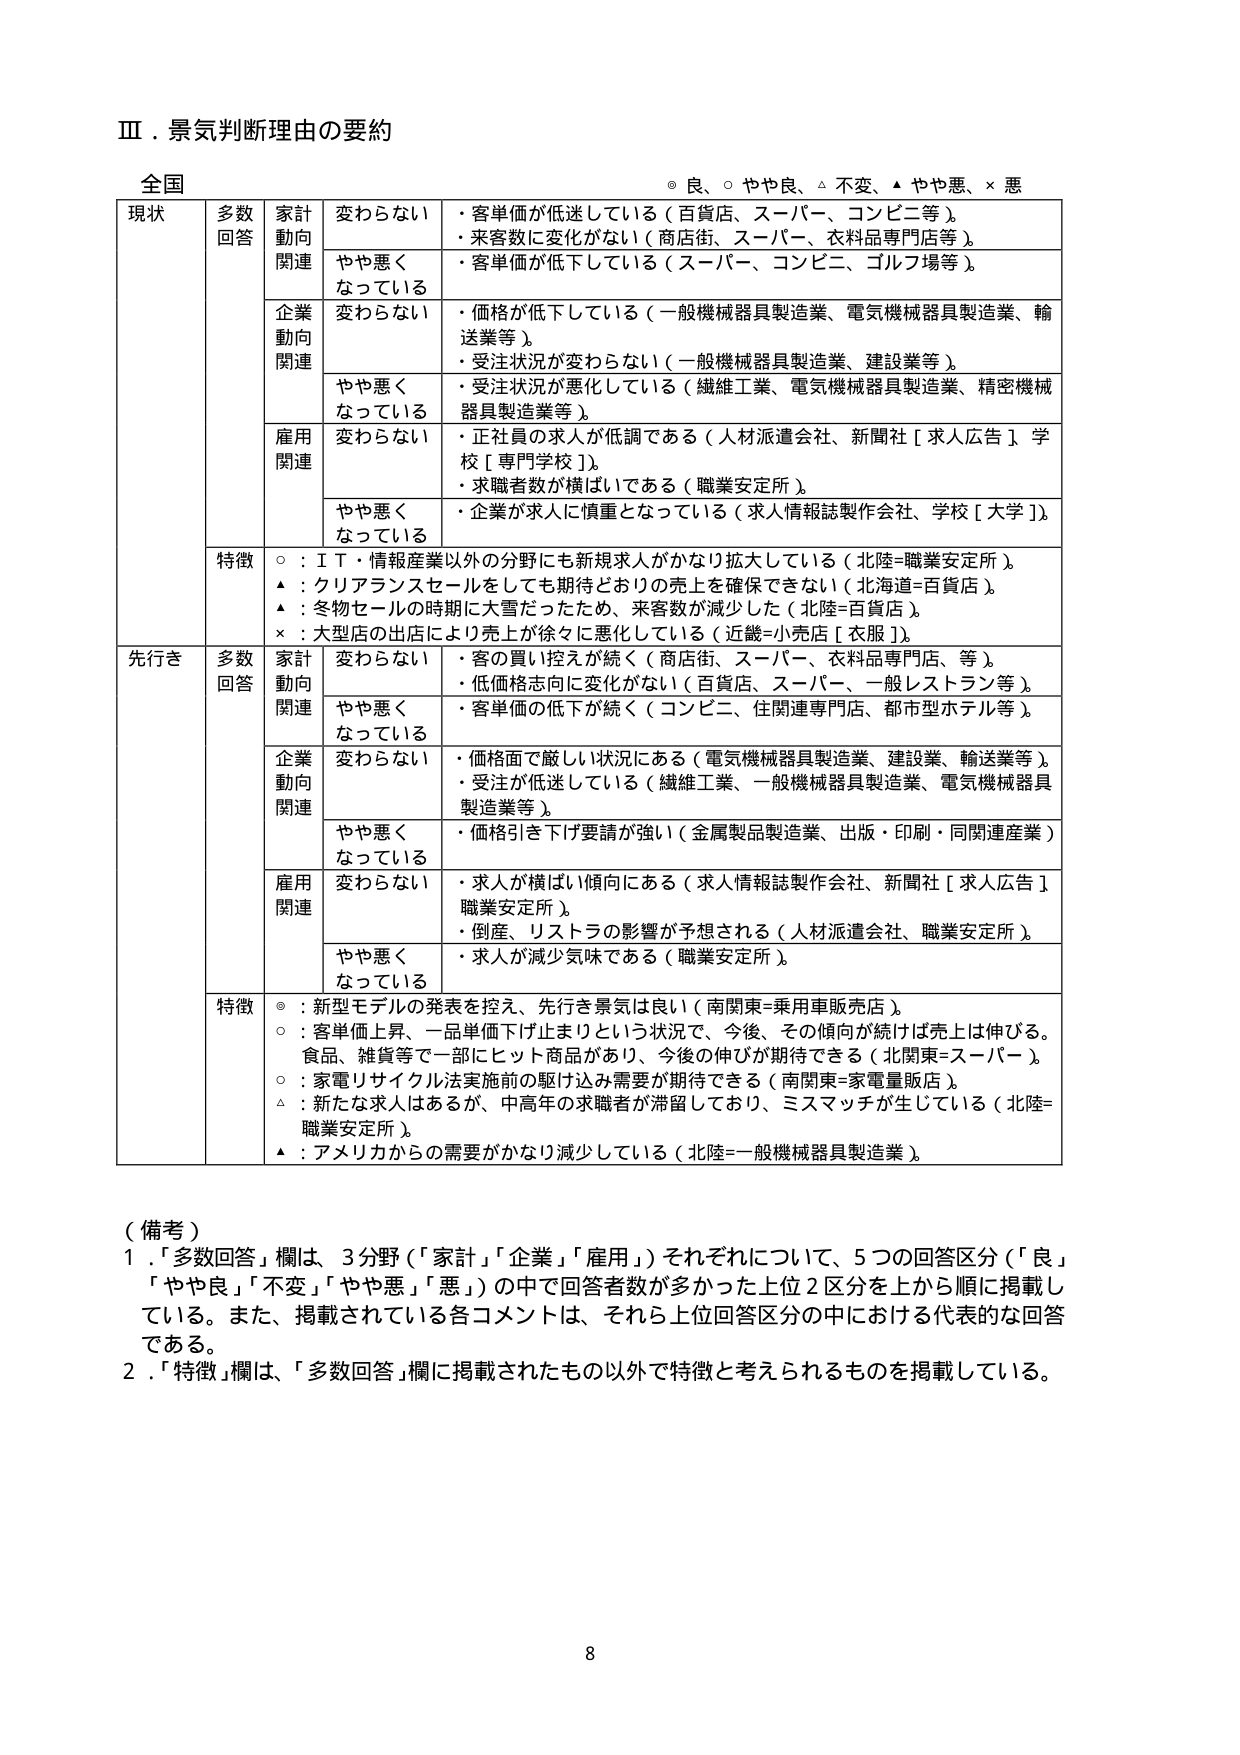
Ⅲ．景気判断理由の要約

全国
◎ 良、○ やや良、△ 不変、▲ やや悪、× 悪

現状　多数回答　家計動向関連　変わらない　・客単価が低迷している（百貨店、スーパー、コンビニ等）。
　　　　　　　　　　　　　　　　　・来客数に変化がない（商店街、スーパー、衣料品専門店等）。
　　　　　　　　　　　　　　　　　やや悪くなっている　・客単価が低下している（スーパー、コンビニ、ゴルフ場等）。

　　　　　　　　　　　　　　　　　企業動向関連　変わらない　・価格が低下している（一般機械器具製造業、電気機械器具製造業、輸送業等）。
　　　　　　　　　　　　　　　　　　　　　　　　・受注状況が変わらない（一般機械器具製造業、建設業等）。
　　　　　　　　　　　　　　　　　やや悪くなっている　・受注状況が悪化している（繊維工業、電気機械器具製造業、精密機械器具製造業等）。

　　　　　　　　　　　　　　　　　雇用関連　変わらない　・正社員の求人が低調である（人材派遣会社、新聞社［求人広告］学校［専門学校］）。
　　　　　　　　　　　　　　　　　　　　　　・求職者数が横ばいである（職業安定所）。
　　　　　　　　　　　　　　　　　やや悪くなっている　・企業が求人に慎重となっている（求人情報誌製作会社、学校［大学］）。

　　　　　　　　　　　　　　　　　特徴　○：ＩＴ・情報産業以外の分野にも新規求人がかなり拡大している（北陸＝職業安定所）。
　　　　　　　　　　　　　　　　　　　　▲：クリアランスセールをしても期待どおりの売上を確保できない（北陸＝百貨店）。
　　　　　　　　　　　　　　　　　　　　▲：冬物セールの時期に大雪だったため、来客数が減少した（北陸＝百貨店）。
　　　　　　　　　　　　　　　　　　　　×：大型店の出店により売上が徐々に悪化している（近畿＝小売店［衣服］）。

先行き　多数回答　家計動向関連　変わらない　・客の買い控えが続く（商店街、スーパー、衣料品専門店、等）。
　　　　　　　　　　　　　　　　　　　　　　・低価格志向に変化がない（百貨店、スーパー、一般レストラン等）。
　　　　　　　　　　　　　　　　　やや悪くなっている　・客単価の低下が続く（コンビニ、住関連専門店、都市型ホテル等）。

　　　　　　　　　　　　　　　　　企業動向関連　変わらない　・価格面で厳しい状況にある（電気機械器具製造業、建設業、輸送業等）。
　　　　　　　　　　　　　　　　　　　　　　　　・受注が低迷している（繊維工業、一般機械器具製造業、電気機械器具製造業等）。
　　　　　　　　　　　　　　　　　やや悪くなっている　・価格引き下げ要請が強い（金属製品製造業、出版・印刷・同関連産業）。

　　　　　　　　　　　　　　　　　雇用関連　変わらない　・求人が横ばい傾向にある（求人情報誌製作会社、新聞社［求人広告］職業安定所）。
　　　　　　　　　　　　　　　　　　　　　　・倒産、リストラの影響が予想される（人材派遣会社、職業安定所）。
　　　　　　　　　　　　　　　　　やや悪くなっている　・求人が減少気味である（職業安定所）。

　　　　　　　　　　　　　　　　　特徴　◎：新型モデルの発表を控え、先行き景気は良い（南関東＝乗用車販売店）。
　　　　　　　　　　　　　　　　　　　　○：客単価上昇、一品単価下げ止まりという状況で、今後、その傾向が続けば売上は伸びる。食品、雑貨等で一部にヒット商品があり、今後の伸びが期待できる（北関東＝スーパー）。
　　　　　　　　　　　　　　　　　　　　○：家電リサイクル法実施前の駆け込み需要が期待できる（南関東＝家電量販店）。
　　　　　　　　　　　　　　　　　　　　△：新たな求人はあるが、中高年の求職者が滞留しており、ミスマッチが生じている（北陸＝職業安定所）。
　　　　　　　　　　　　　　　　　　　　▲：アメリカからの需要がかなり減少している（北陸＝一般機械器具製造業）。

（備考）
1．「多数回答」欄は、3分野（「家計」「企業」「雇用」）それぞれについて、5つの回答区分（「良」「やや良」「不変」「やや悪」「悪」）の中で回答者数が多かった上位2区分を上から順に掲載している。また、掲載されている各コメントは、それら上位回答区分の中における代表的な回答である。
2．「特徴」欄は、「多数回答」欄に掲載されたもの以外で特徴と考えられるものを掲載している。

8